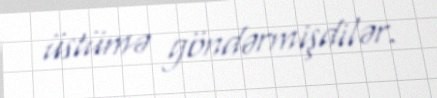
üstümə göndərmişdilər.